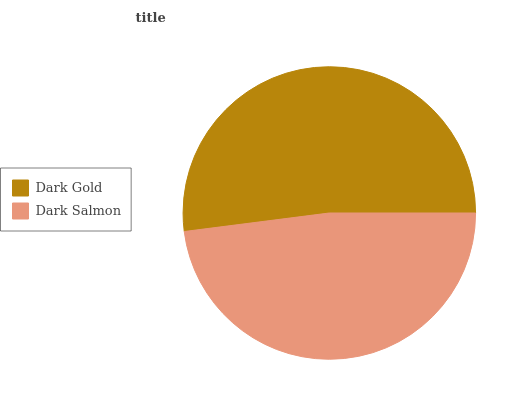
| Dark Gold | Dark Salmon |
 | --- | --- |
 | 52.1% | 47.9% |